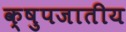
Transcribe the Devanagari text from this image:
क्षुपजातीय